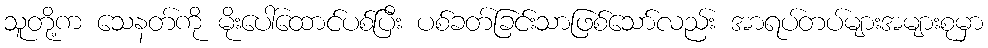
သူတို့က သေနတ်ကို မိုးပေါ်ထောင်ပစ်ပြီး ပစ်ခတ်ခြင်းသာဖြစ်သော်လည်း အာရပ်တပ်များအများစုမှာ